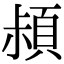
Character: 𩒛